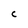
Character: C